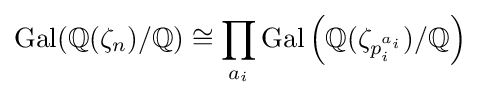
\operatorname {Gal} (\mathbb {Q} (\zeta _{n})/\mathbb {Q} )\cong \prod _{a_{i}}\operatorname {Gal} \left(\mathbb {Q} (\zeta _{p_{i}^{a_{i}}})/\mathbb {Q} \right)